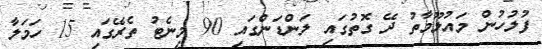
ފުލުހުން މައުލޫމާތު ދޭ ގޮތުގައި ލަންޑަންގައި 90 މިނެޓު ތެރޭގައި 15 ހަމަލާ